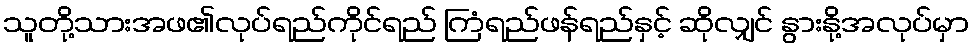
သူတို့သားအဖ၏လုပ်ရည်ကိုင်ရည် ကြံရည်ဖန်ရည်နှင့် ဆိုလျှင် နွားနို့အလုပ်မှာ